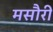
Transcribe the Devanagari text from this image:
मसौरी